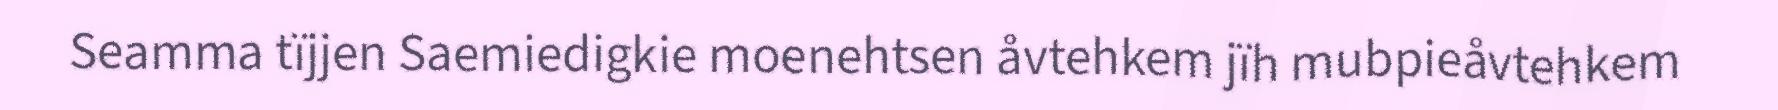
Seamma tïjjen Saemiedigkie moenehtsen åvtehkem jïh mubpieåvtehkem